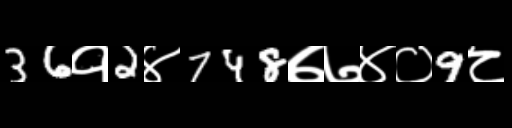
Text: 36१2४748७७४०9८